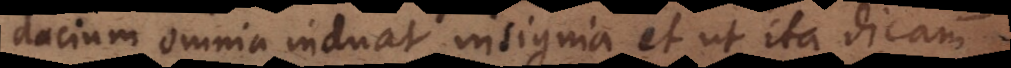
dacium omnia induat insignia et ut ita dicam